Mental hospitals Bombay report 1921-28 - 1921-1928
Year: 1921
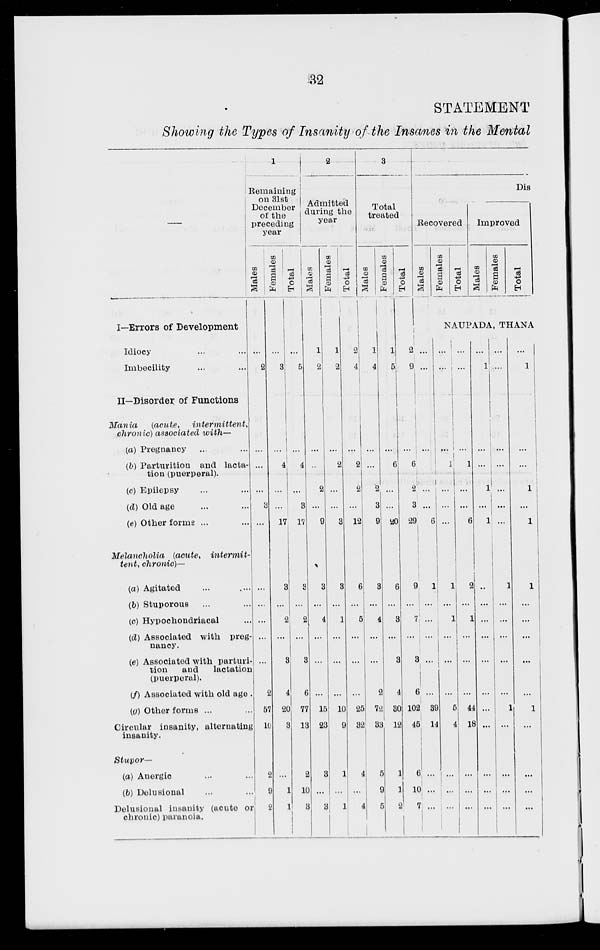
32
STATEMENT
Showing the Types of Insanity of the Insanes in the Mental
—
I—Errors of Development
Idiocy ... ...
Imbecility ... ...
II—Disorder of Functions
Mania
(acute,
intermittent,
chronic) associated with—
(a) Pregnancy ... ...
(b) Parturition and lacta-
tion (puerperal).
(c) Epilepsy ... ...
(d) Old age ... ...
(e) Other forms ... ...
Melancholia
(acute,
intermit-
tent, chronic)—
(a) Agitated ... ...
(b) Stuporous ... ...
(c) Hypochondriacal ...
(d) Associated with preg-
nancy.
(e) Associated with parturi-
tion
and
lactation
(puerperal).
(f) Associated with old age ...
(g) Other forms ... ...
Circular insanity, alternating
insanity.
Stupor—
(a) Anergic ... ...
(b) Delusional ... ...
Delusional insanity (acute or
chronic) paranoia.
1
Remaining
on 31st
December
of the
preceding
year
Males
...
2
...
...
...
3
...
...
...
...
...
...
2
57
10
2
9
2
Females
...
3
...
4
...
...
17
3
...
2
...
3
4
20
3
...
1
1
Total
...
5
...
4
...
3
17
3
...
2
...
3
6
77
13
2
10
3
2
Admitted
during the
year
Males
1
2
...
...
2
...
9
3
...
4
...
...
...
15
23
3
...
3
Females
1
2
...
2
...
...
3
3
...
1
...
...
...
10
9
1
...
1
Total
2
4
...
2
2
...
12
6
...
5
...
...
...
25
32
4
...
4
3
Total
treated
Males
1
4
...
...
2
3
9
3
...
4
...
...
2
72
33
5
9
5
Females
1
5
...
6
...
...
20
6
...
3
...
3
4
30
12
1
1
2
Total
2
9
...
6
2
3
Dis
Recovered
Males
...
...
...
...
...
...
29
6
9
...
7
...
3
6
102
45
6
10
7
1
...
...
...
...
...
39
14
...
...
...
Females
Total
Improved
Males
Females
Total
NAUPADA, THANA
...
...
...
1
...
...
...
1
...
1
...
...
...
5
4
...
...
...
...
...
...
1
...
...
6
2
...
1
...
...
...
44
18
...
...
...
...
1
...
...
1
...
1
...
...
...
...
...
...
...
...
...
...
...
...
...
...
...
...
...
...
1
...
...
...
...
...
1
...
...
...
...
...
1
...
...
1
...
1
1
...
...
...
...
...
1
...
...
...
...